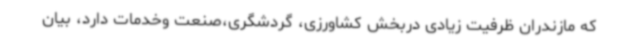
که مازندران ظرفیت زیادی دربخش کشاورزی، گردشگری،صنعت وخدمات دارد، بیان